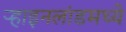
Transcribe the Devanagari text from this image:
र्‍हाइनलांडमध्ये